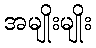
အမျိုးမျိုး